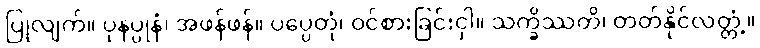
ပြုလျက်။ ပုနပ္ပုနံ၊ အဖန်ဖန်။ ပပ္ပေတုံ၊ ဝင်စားခြင်းငှါ။ သက္ခိဿတိ၊ တတ်နိုင်လတ္တံ့။